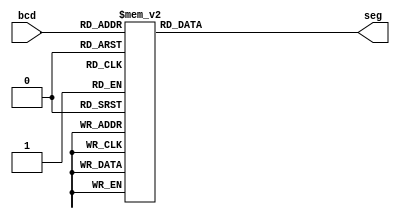
module BCD7Seg(bcd, seg);
     
    input [3:0] bcd; //4 bit binary number input
    output [6:0] seg;
    reg [6:0] seg;

//always block for converting bcd digit into 7 segment format
    always @(bcd)
    begin
        case (bcd) //case statement
            0 : seg = 7'b0000001;
            1 : seg = 7'b1001111;
            2 : seg = 7'b0010010;
            3 : seg = 7'b0000110;
            4 : seg = 7'b1001100;
            5 : seg = 7'b0100100;
            6 : seg = 7'b0100000;
            7 : seg = 7'b0001111;
            8 : seg = 7'b0000000;
            9 : seg = 7'b0000100;
            //switch off 7 segment character when the bcd digit is not a decimal number.
            default : seg = 7'b1111111; 
        endcase
    end
    
endmodule